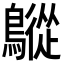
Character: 𪅜